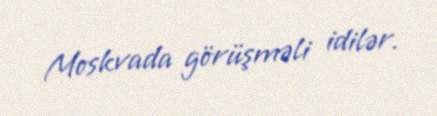
Moskvada görüşməli idilər.